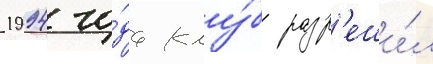
1994 го́да клу́б разр'еши́л